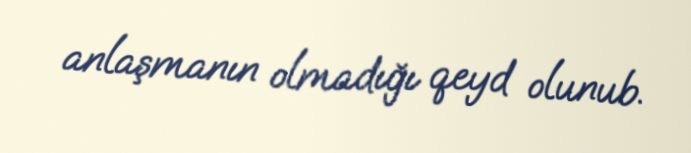
anlaşmanın olmadığı qeyd olunub.